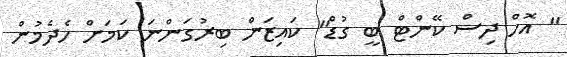
" އޮހް ދިސް ކޭންޓް ބީ ގުޑް" ކައިޒަން ބިރުގަންނަ ކަމަށް ހެދެމުން